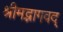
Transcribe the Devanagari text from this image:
श्रीमद्भागवद्